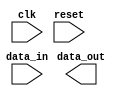
module usb_ctrl (
    input wire clk,
    input wire reset,
    // Define input and output ports for data transfer
    input wire data_in,
    output wire data_out,
    // Define module for controlling data transfer rates
    // Define module for handling data buffering and handshaking signals
    // Define module for ensuring proper timing for packetized data transmission
    // Define synchronization mechanisms to coordinate data transfer
);

    // Add Verilog code for handling timing control and synchronization here

endmodule